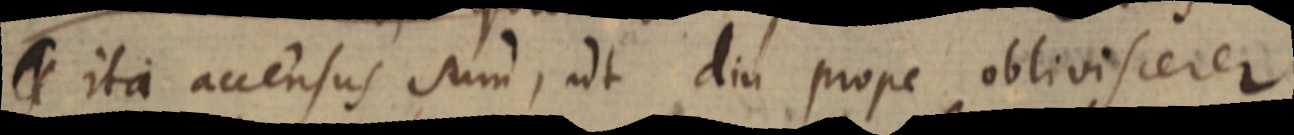
ita accensus sum, ut diu prope obliviscerer